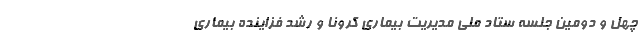
چهل و دومین جلسه ستاد ملی مدیریت بیماری کرونا و رشد فزاینده بیماری